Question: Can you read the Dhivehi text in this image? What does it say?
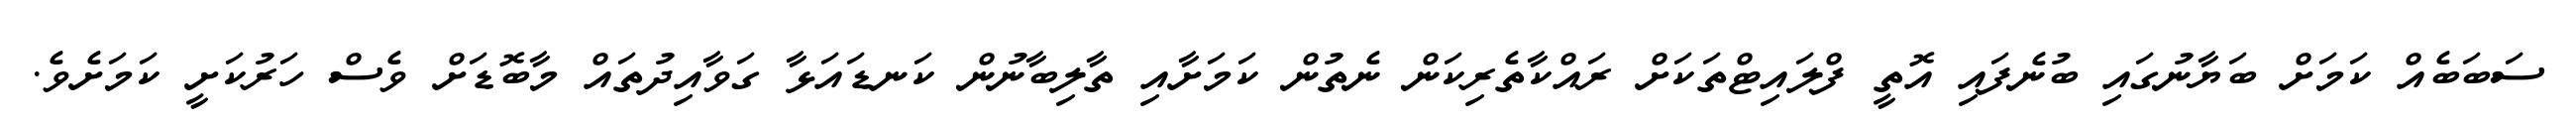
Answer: ސަބަބެއް ކަމަށް ބަޔާނުގައި ބުނެފައި އޮތީ ފްލައިޓްތަކަށް ރައްކާތެރިކަން ނެތުން ކަމަށާއި ތާލިބާނުން ކަނޑައަޅާ ގަވާއިދުތައް މާބޮޑަށް ވެސް ހަރުކަށީ ކަމަށެވެ.